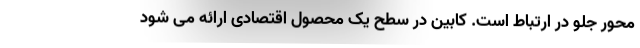
محور جلو در ارتباط است. کابین در سطح یک محصول اقتصادی ارائه می شود